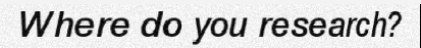
Where do you research?